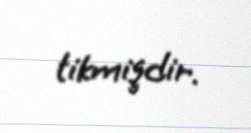
tikmişdir.